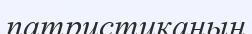
патристиканың